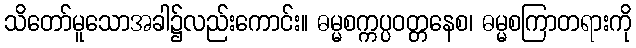
သိတော်မူသောအခါ၌လည်းကောင်း။ ဓမ္မစက္ကပ္ပဝတ္တနေစ၊ ဓမ္မစကြာတရားကို